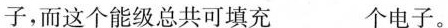
子，而这个能级总共可填充___个电子。